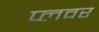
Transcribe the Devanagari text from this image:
प्लवर